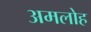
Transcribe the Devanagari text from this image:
अमलोह